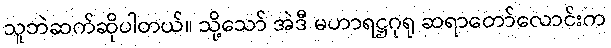
သူဘဲဆက်ဆိုပါတယ်။ သို့သော် အဲဒီ မဟာရဋ္ဌဂုရု ဆရာတော်လောင်းက